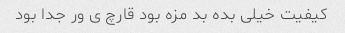
کیفیت خیلی بده بد مزه بود قارچ ی ور جدا بود